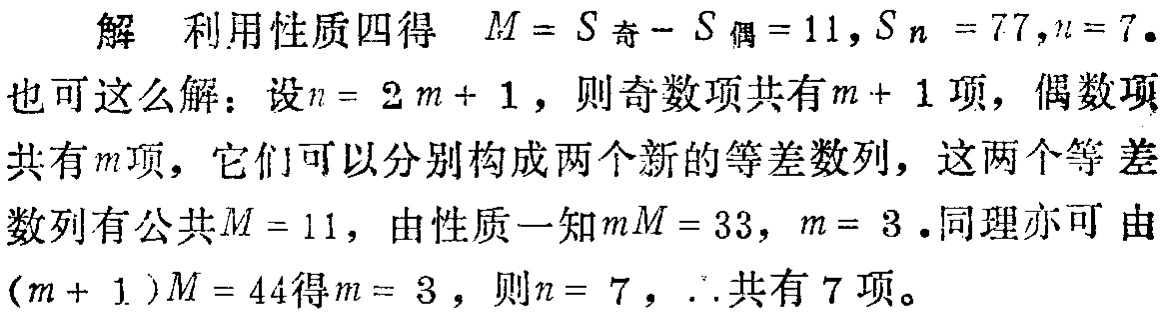
解 利用性质四得 \(M = S_{奇}-S_{偶}=11,S_{n}=77,n = 7\).

也可这么解：设\(n = 2m + 1\)，则奇数项共有\(m + 1\)项，偶数项共有\(m\)项，它们可以分别构成两个新的等差数列，这两个等差数列有公共\(M = 11\)，由性质一知\(mM = 33\)，\(m = 3\).同理亦可由\((m + 1)M = 44\)得\(m = 3\)，则\(n = 7\)，\(\therefore\)共有\(7\)项。